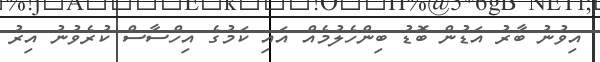
އިވުނު ބާރު އަޑުން ބޮޑު ބިންހެލުމެއް އައި ކަމުގެ އިހްސާސް ކުރެވުނު އިރު